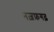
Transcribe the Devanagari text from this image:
नज़फ़गढ़